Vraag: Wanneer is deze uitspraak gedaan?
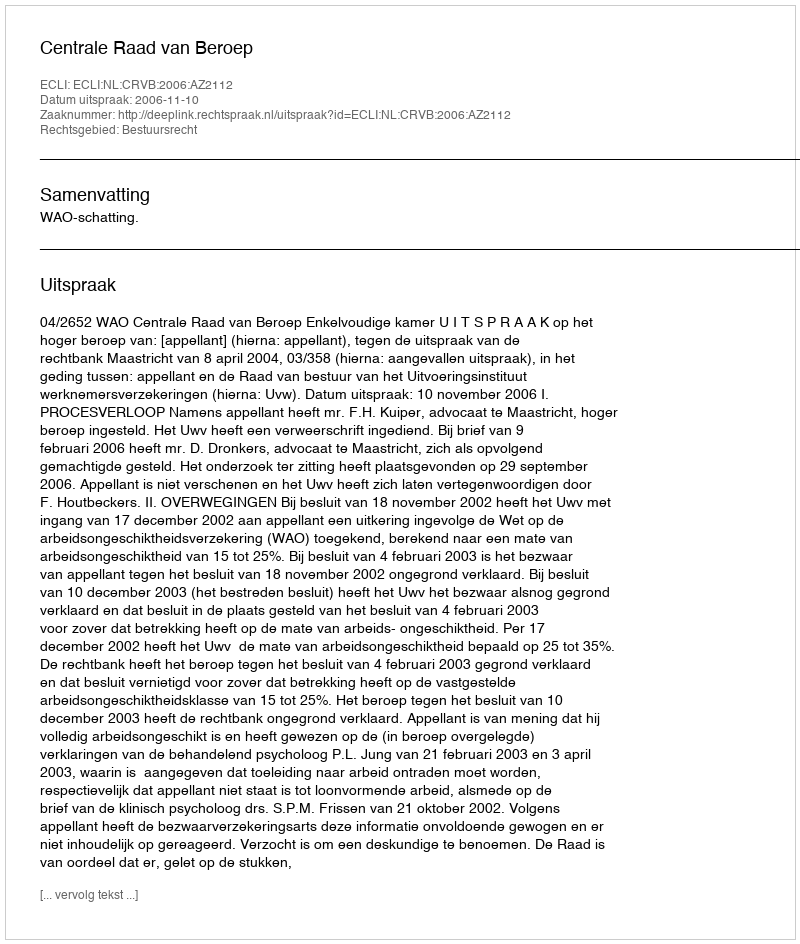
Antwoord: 2006-11-10